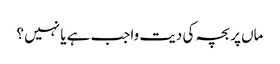
ماں پر بچہ کی دیت واجب ہے یا نہیں ؟